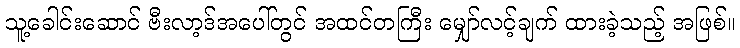
သူ့ခေါင်းဆောင် ဗီးလာ့ဒ်အပေါ်တွင် အထင်တကြီး မျှော်လင့်ချက် ထားခဲ့သည့် အဖြစ်။